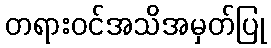
တရားဝင်အသိအမှတ်ပြု